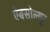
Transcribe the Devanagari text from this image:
ऐबसोल्यूट